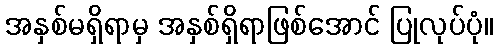
အနှစ်မရှိရာမှ အနှစ်ရှိရာဖြစ်အောင် ပြုလုပ်ပုံ။